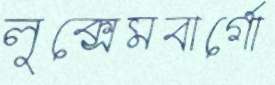
লুক্সেমবার্গো